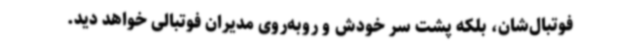
فوتبال‌شان، بلکه پشت سر خودش و روبه‌روی مدیران فوتبالی خواهد دید.